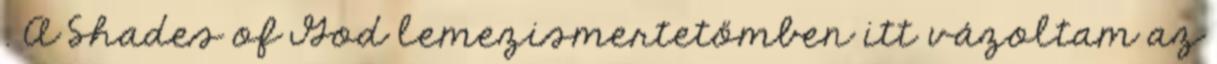
. A Shades of God lemezismertetőmben itt vázoltam az